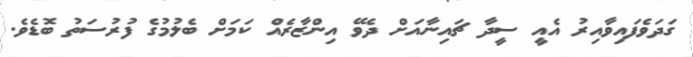
ގަދަވެފައިވާއިރު އެއީ ސީދާ ޗައިނާއަށް ދެވޭ އިންޒާރެއް ކަމަށް ބެލުމުގެ ފުރުސަތު ބޮޑެވެ.